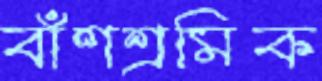
বাঁশশ্রমিক